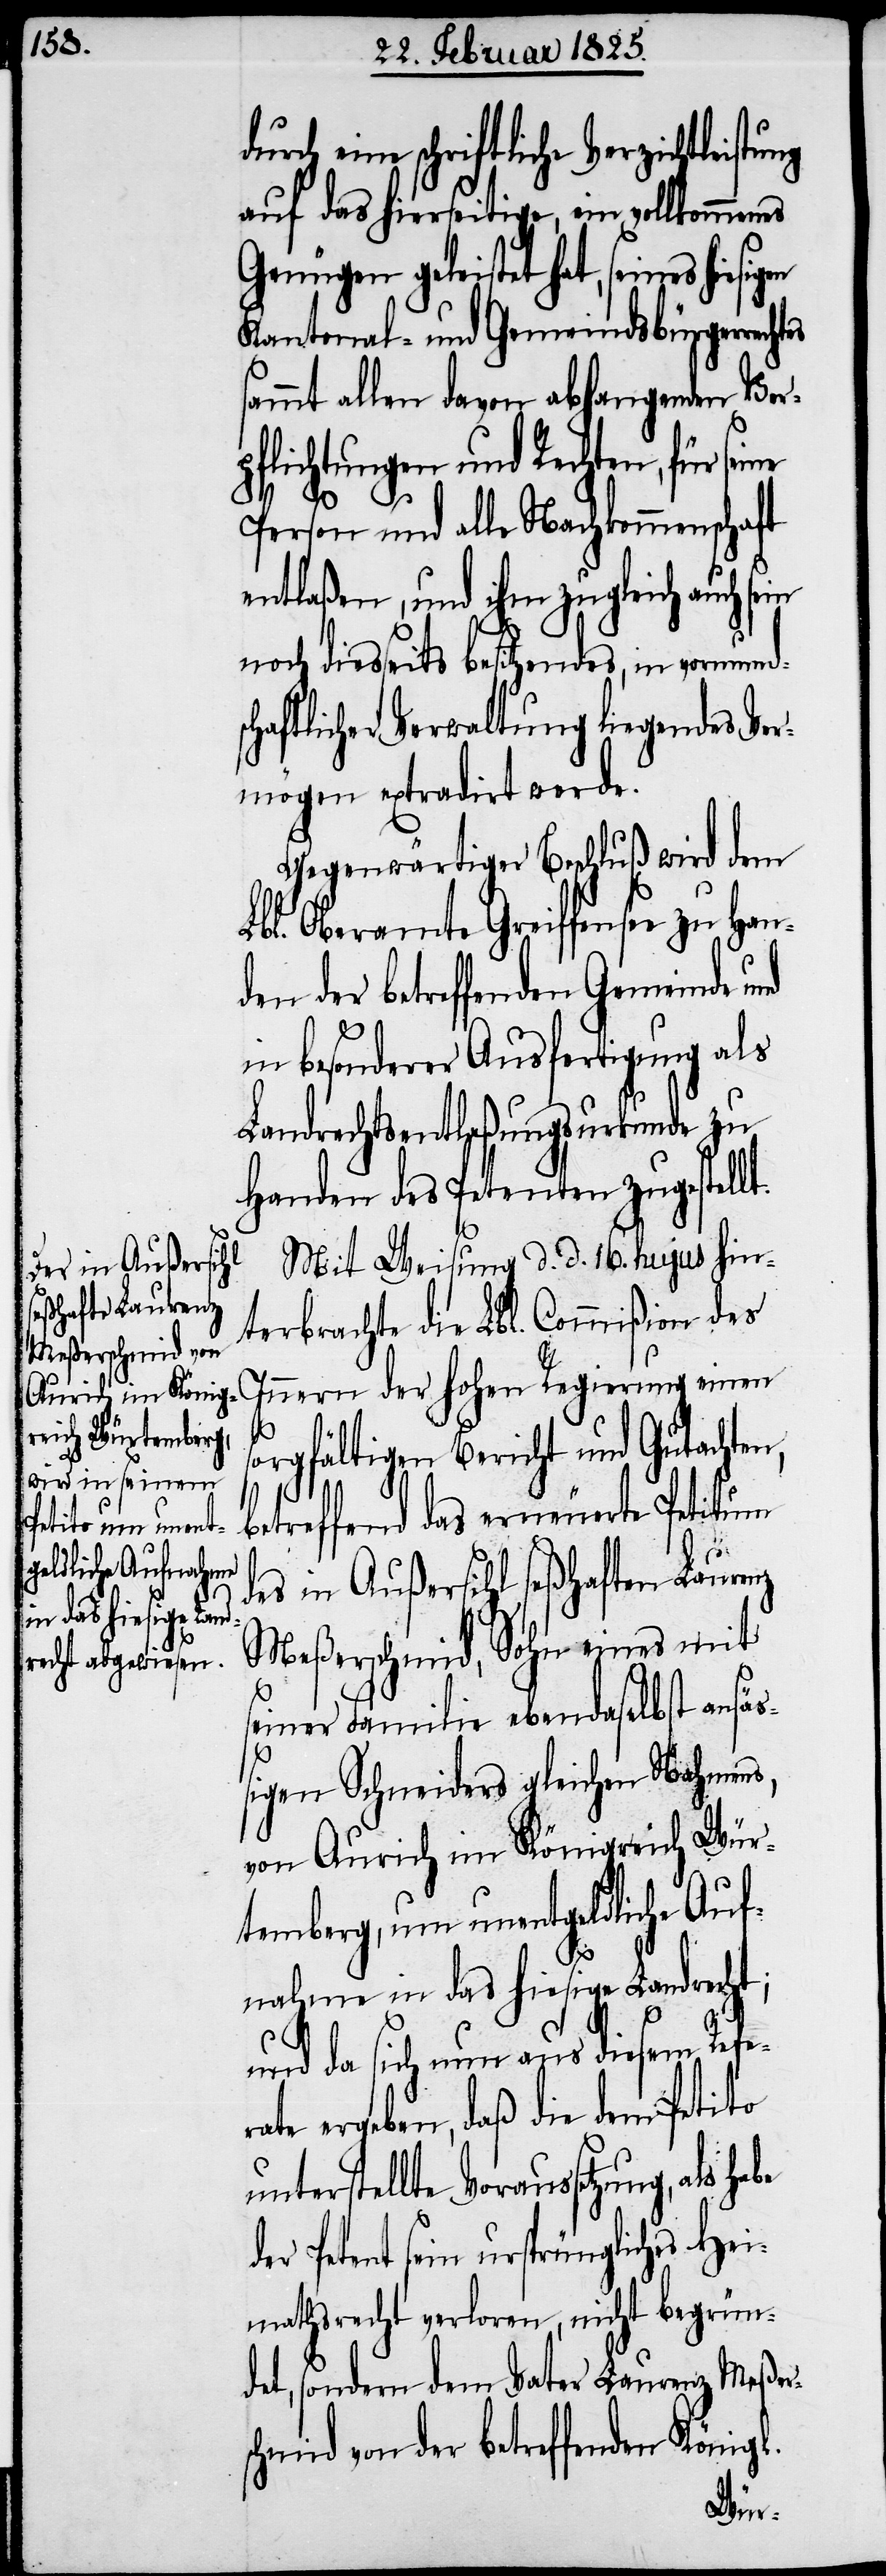
eine schriftliche Verzichtleistung
auf das hierseitige, seines hiesigen
Kantonal- und Gemeindsbürgerrech¬
ammt allen davon abhangenden Ver¬
pflichtungen und Rechten, für
Person und alle Nachkommenschaft
entlaßen, und ihm zugleich auch
noch diesseits besitzendes, in vormunds¬
chaftlicher Verwaltung liegendes Ver¬
mögen extradirt werde.
Gegenwärtiger Beschluß wird dem
Lbl. Oberamte Greiffensee zu Han¬
den der betreffenden Gemeinde und
in besonderer Ausfertigung als
Landrechtsentlaßungsurkunde zu
Handen des Petenten zugestellt.
Mit Weisung d. d. 16. hujus hin¬
terbrachte die Lbl. Commißion des
Innern der hohen Regierung einen
sorgfältigen Bericht und Gutachten,
d¬
betreffend das erneuerte Petitum
des in Außersihl seßhaften Laurenz
Meßerschmid, Sohn eines mit
seiner Familie ebendaselbst ansäß¬
igen Schneiders gleichen Nahmens,
von Aurich im Königreich Wür¬
temberg, um unentgeldliche Auf¬
tes
nahme in das hiesige Landrecht;
und da sich nun aus diesem Refe¬
rate ergeben, daß die dem Petito
unterstellte Voraussetzung, als
er Petent sein ursprüngliches Hei¬
mathsrecht verloren, nicht begrün¬
det, sondern dem Vater Laurenz Meßer¬
schmid von der betreffenden Königl.